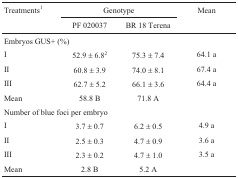
| <ROWSPAN=2> Treatments1 | <COLSPAN=2> Genotype | <ROWSPAN=2> Mean |
 | PF 020037 | BR 18 Terena |
 | --- | --- | --- | --- |
 | Embryos GUS+ (%) |  |  |  |
 | I | 52.9 ± 6.82 | 75.3 ± 7.4 | 64.1 a |
 | II | 60.8 ± 3.9 | 74.0 ± 8.1 | 67.4 a |
 | III | 62.7 ± 5.2 | 66.1 ± 3.6 | 64.4 a |
 | Mean | 58.8 B | 71.8 A |  |
 | Number of blue foci per embryo |  |  |  |
 | I | 3.7 ± 0.7 | 6.2 ± 0.5 | 4.9 a |
 | II | 2.5 ± 0.3 | 4.7 ± 0.9 | 3.6 a |
 | III | 2.3 ± 0.2 | 4.7 ± 1.0 | 3.5 a |
 | Mean | 2.8 B | 5.2 A |  |